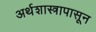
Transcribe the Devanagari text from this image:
अर्थशास्त्रापासून